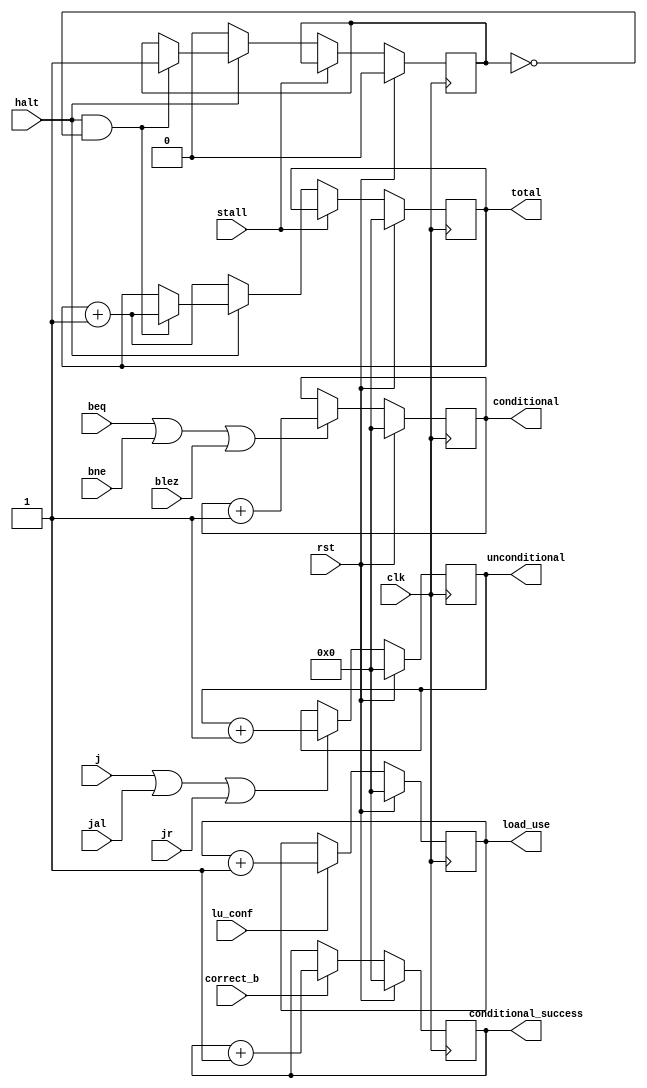
module operating_parameter(rst,clk,halt,stall, j,jal,jr,blez,beq,bne,correct_b,lu_conf,
                            total, conditional, unconditional, conditional_success, load_use);
    input rst;
    input clk;
    input halt, stall;
    input j;
    input jal;
    input jr;
    input bne;
    input blez;
    input beq;
    input correct_b, lu_conf;
    output reg [31:0]total = 0;
    output reg [31:0]conditional = 0;
    output reg [31:0]unconditional = 0;
    output reg [31:0]conditional_success = 0;
    output reg  [31:0]load_use = 0;
    reg flag = 0;

    always @(posedge clk)begin
        if(rst)begin 
            flag <= 0;
            total <= 0;
            conditional <= 0;
            unconditional <= 0;
            conditional_success <= 0;
            load_use <= 0;
        end
        else begin
            if (stall) begin
                total <= total;
                flag  <= flag;
            end
            else if(halt==0) begin
                total <= total+1; 
                flag <= 0;
            end
            else if(halt&&(flag == 0)) begin
                total <= total+1; 
                flag <= 1;
            end
            if(j|jal|jr)unconditional <= unconditional+1;
            if(beq|bne|blez)conditional <= conditional+1;
            if(correct_b)conditional_success <= conditional_success+1;
            if(lu_conf) load_use = load_use + 1;
        end
    end

    // always @(clk_in)if((dj==0&&j==1)||(djal==0&&jal==1)||(djr=0&&jr==1))unconditional=unconditional+1;
    // always @(clk_in)if((dbne==0&&bne==1)||(dblez==0&&blez==1)||(dbeq==0&&beq==1))conditional=conditional+1;
    // always @(clk_in)if(dcorrect_b ==0&&correct_b == 1)conditional_success=conditional_success+1;

endmodule